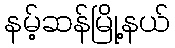
နမ့်ဆန်မြို့နယ်